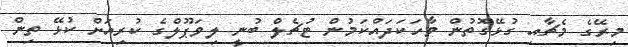
މިރޭގެ މެޗާއި ގުޅޭގޮތުން ވާހަކަދައްކަމުން ޓުޗެލް ބުނީ ލިވަޕޫލްގެ ކުރިއަށް ކުޅޭ ތިން